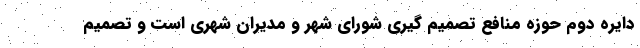
دایره دوم حوزه منافع تصمیم گیری شورای شهر و مدیران شهری است و تصمیم